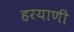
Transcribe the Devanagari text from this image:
हरयाणी